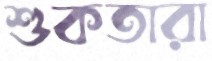
শুকতারা